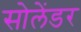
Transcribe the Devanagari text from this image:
सोलेंडर